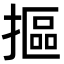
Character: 摳